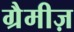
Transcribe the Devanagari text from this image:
ग्रैमीज़